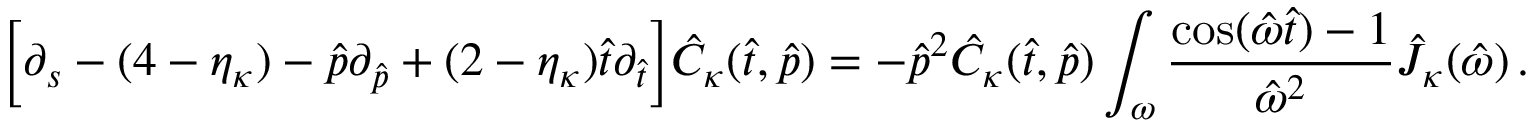
\Big [ \partial _ { s } - ( 4 - \eta _ { \kappa } ) - \hat { p } \partial _ { \hat { p } } + ( 2 - \eta _ { \kappa } ) { \hat { t } \partial _ { \hat { t } } } \Big ] \hat { C } _ { \kappa } ( \hat { t } , \hat { p } ) = - \hat { p } ^ { 2 } \hat { C } _ { \kappa } ( \hat { t } , \hat { p } ) \int _ { \omega } \frac { \cos ( \hat { \omega } \hat { t } ) - 1 } { \hat { \omega } ^ { 2 } } \hat { J } _ { \kappa } ( \hat { \omega } ) \, .